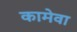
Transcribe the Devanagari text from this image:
कामेवा